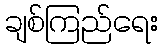
ချစ်ကြည်ရေး